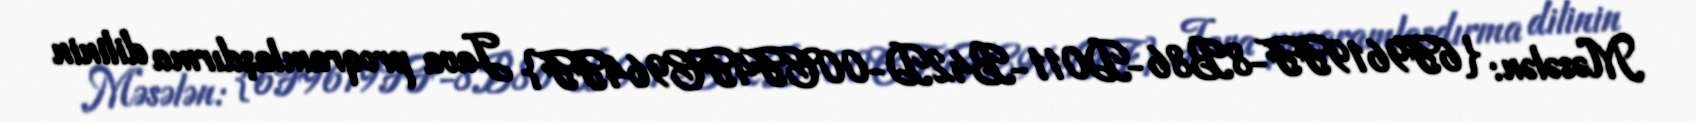
Məsələn: {6F9619FF-8B86-D011-B42D-00CF4FC964FF} Java proqramlaşdırma dilinin